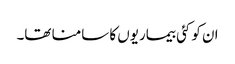
ان کو کئی بیماریوں کا سامنا تھا۔